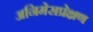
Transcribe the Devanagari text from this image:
अनिमेसप्रेक्षण